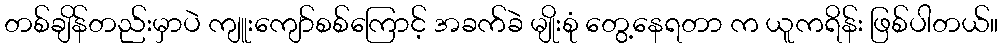
တစ်ချိန်တည်းမှာပဲ ကျူးကျော်စစ်ကြောင့် အခက်ခဲ မျိုးစုံ တွေ့နေရတာ က ယူကရိန်း ဖြစ်ပါတယ်။